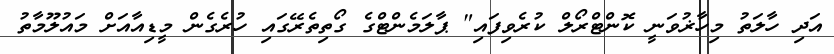
އަދި ހާލަތު މިހާޜުވަނީ ކޮންޓްރޯލް ކުރެވިފައި" ޕާލަމެންޓްގެ ގޯތިތެރޭގައި ހުރެގެން މީޑިއާއަށް މައުލޫމާތު